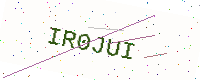
Text: IR0JUI